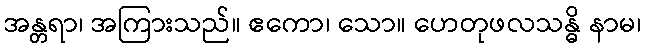
အန္တရာ၊ အကြားသည်။ ဧကော၊ သော။ ဟေတုဖလသန္ဓိ နာမ၊